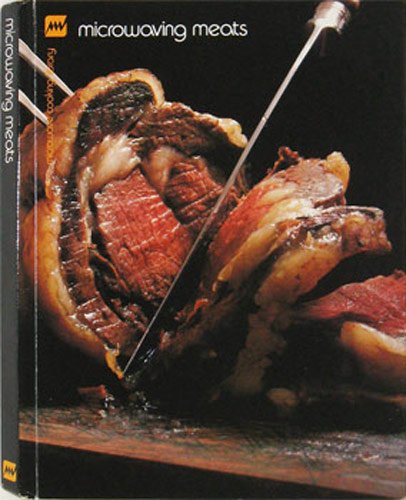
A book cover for Microwaving Meats - Microwave Cooking Library Series; Barbara Methven; Cookbooks, Food & Wine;